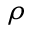
\rho